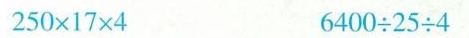
$$2 5 0 \times 1 7 \times 4$$ $$6 4 0 0 \div 2 5 \div 4$$